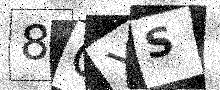
Text: 8QXS